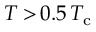
T \, { > } \, 0 . 5 \, T _ { \mathrm { c } }